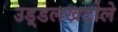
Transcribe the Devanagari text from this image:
उड़्डलखटोले